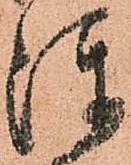
陣